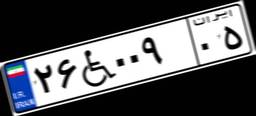
۲۶W۰۰۹۰۵